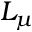
L _ { \mu }